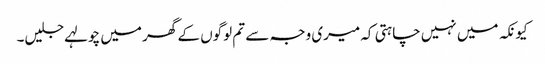
کیونکہ میں نہیں چاہتی کہ میری وجہ سے تم لوگوں کے گھر میں چولہے جلیں۔